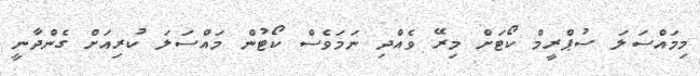
މިމައްސަލަ ސުޕްރީމް ކޯޓަށް މިރޭ ވެއްދި ނަމަވެސް ކޯޓުން މައްސަލަ ކުރިއަށް ގެންދާނީ